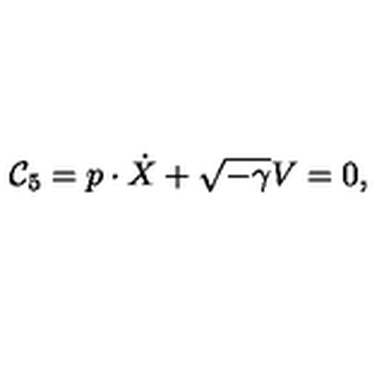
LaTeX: { \cal C } _ { 5 } = p \cdot \dot { X } + \sqrt { - \gamma } V = 0 ,